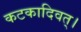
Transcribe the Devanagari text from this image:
कटकादिवत्।